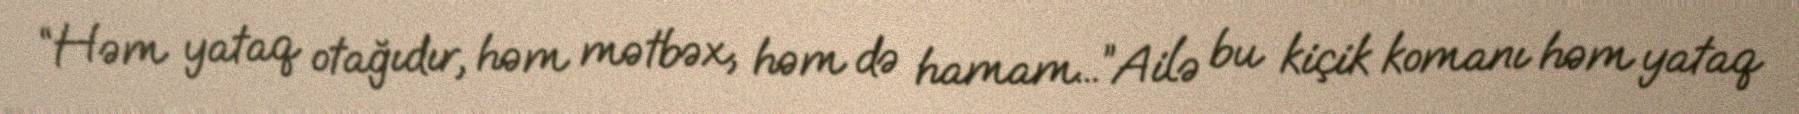
“Həm yataq otağıdır, həm mətbəx, həm də hamam...”Ailə bu kiçik komanı həm yataq